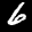
Label: 6